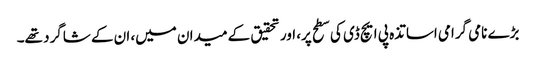
بڑے نامی گرامی اساتذہ پی ایچ ڈی کی سطح پر، اور تحقیق کے میدان میں، ان کے شاگرد تھے۔